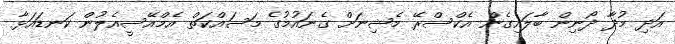
އަދި މުދާ ދޯނިން ބާލައިގެން އެކްސްރޭ މެޝިނަށް ގެނައުމުގެ މަސައްކަތް އެމްއޭސީއެލުން ކަނޑައަޅާ